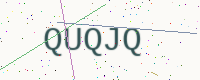
Text: QUQJQ